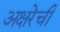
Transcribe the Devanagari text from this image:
अक्षरेची